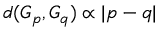
d ( G _ { p } , G _ { q } ) \propto \lvert p - q \rvert